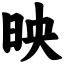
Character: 映